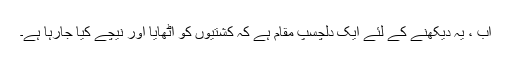
اب ، یہ دیکھنے کے لئے ایک دلچسپ مقام ہے کہ کشتیوں کو اٹھایا اور نیچے کیا جارہا ہے۔